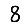
Digit: 8